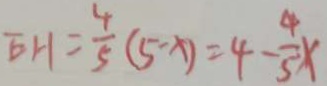
E H = \frac { 4 } { 5 } ( 5 - x ) = 4 - \frac { 4 } { 5 } x